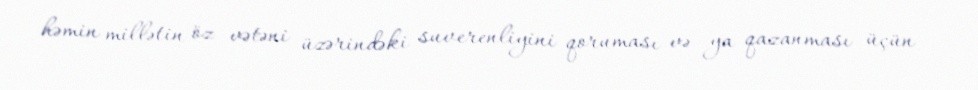
həmin millətin öz vətəni üzərindəki suverenliyini qoruması və ya qazanması üçün